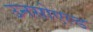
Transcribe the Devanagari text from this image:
उनसोएल्ड